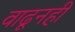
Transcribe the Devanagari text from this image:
वाढूनही